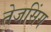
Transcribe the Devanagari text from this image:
तेजसिंग